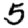
Digit: 5